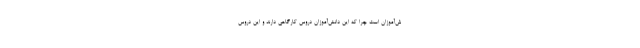
ش‌آموزان است چرا که این دانش‌آموزان دروس کارگاهی دارند و این دروس